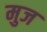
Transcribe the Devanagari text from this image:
मुज